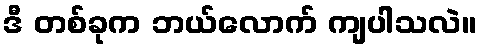
ဒီ တစ်ခုက ဘယ်လောက် ကျပါသလဲ။